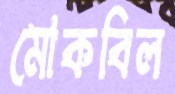
মোকবিল